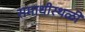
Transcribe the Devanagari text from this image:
समाधीस्थळी